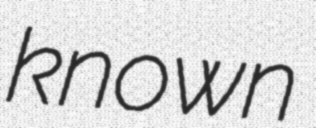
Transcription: known